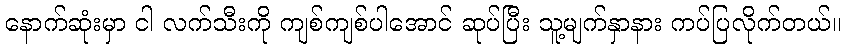
နောက်ဆုံးမှာ ငါ လက်သီးကို ကျစ်ကျစ်ပါအောင် ဆုပ်ပြီး သူ့မျက်နှာနား ကပ်ပြလိုက်တယ်။